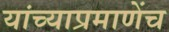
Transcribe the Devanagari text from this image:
यांच्याप्रमाणेंच